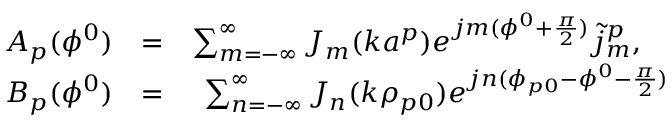
\begin{array} { r l r } { A _ { p } ( \phi ^ { 0 } ) } & { = } & { \sum _ { m = - \infty } ^ { \infty } J _ { m } ( k a ^ { p } ) e ^ { j m ( \phi ^ { 0 } + { \frac { \pi } { 2 } } ) } \tilde { j } _ { m } ^ { p } , \quad } \\ { B _ { p } ( \phi ^ { 0 } ) } & { = } & { \sum _ { n = - \infty } ^ { \infty } J _ { n } ( k \rho _ { p 0 } ) e ^ { j n ( \phi _ { p 0 } - \phi ^ { 0 } - { \frac { \pi } { 2 } } ) } } \end{array}